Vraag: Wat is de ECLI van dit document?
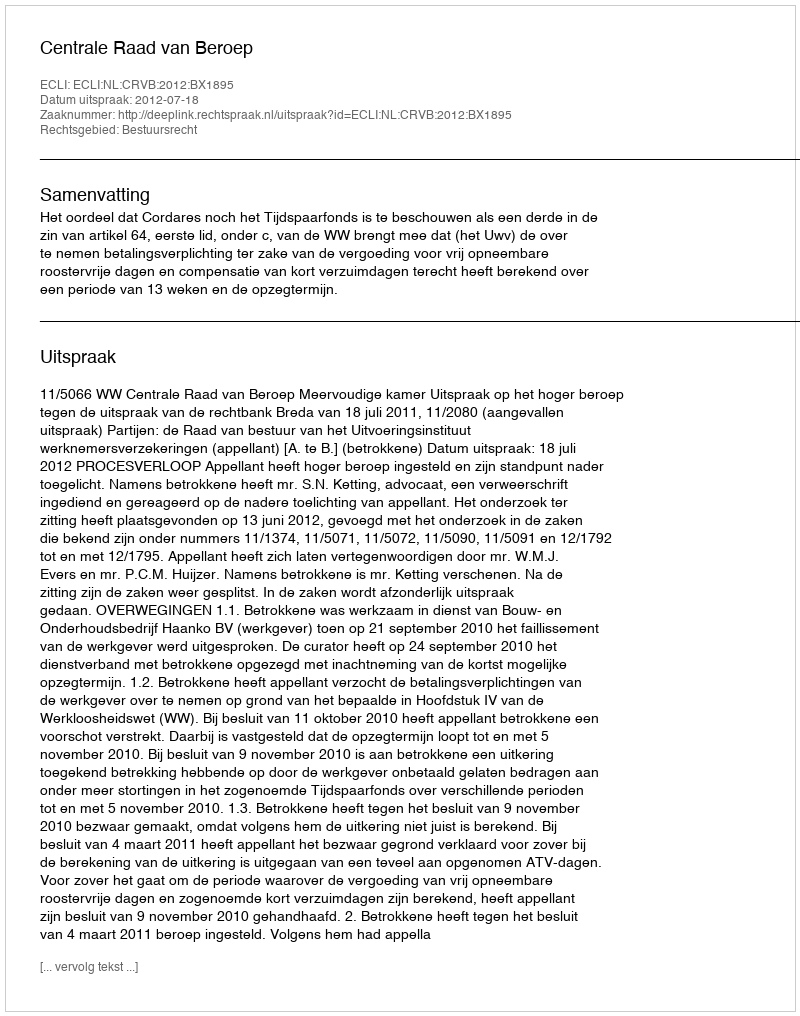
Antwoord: ECLI:NL:CRVB:2012:BX1895